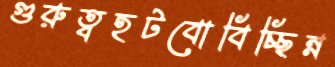
গুরুত্বহটবোবিচ্ছিন্ন